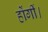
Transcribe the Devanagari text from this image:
होंगीं।